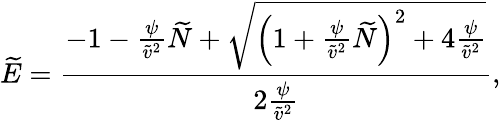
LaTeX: \widetilde{E}=\frac{-1-\frac{\psi}{\widetilde{v}^{2}}\widetilde{N}+\sqrt{\left(1+\frac{\psi}{\widetilde{v}^{2}}\widetilde{N}\right)^{2}+4\frac{\psi}{\widetilde{v}^{2}}}}{2\frac{\psi}{\widetilde{v}^{2}}},